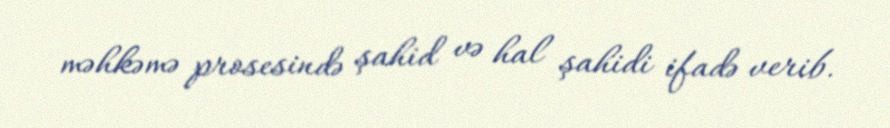
məhkəmə prosesində şahid və hal şahidi ifadə verib.